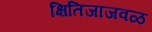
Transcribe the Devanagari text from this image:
क्षितिजाजवळ